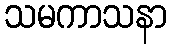
သမကာသနာ